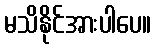
မသိနိုင်အားပါပေ။